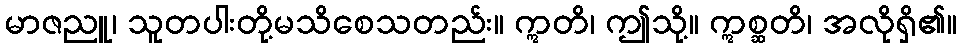
မာဇညူ၊ သူတပါးတို့မသိစေသတည်း။ ဣတိ၊ ဤသို့။ ဣစ္ဆတိ၊ အလိုရှိ၏။